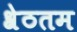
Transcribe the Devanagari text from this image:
श्रेठतम